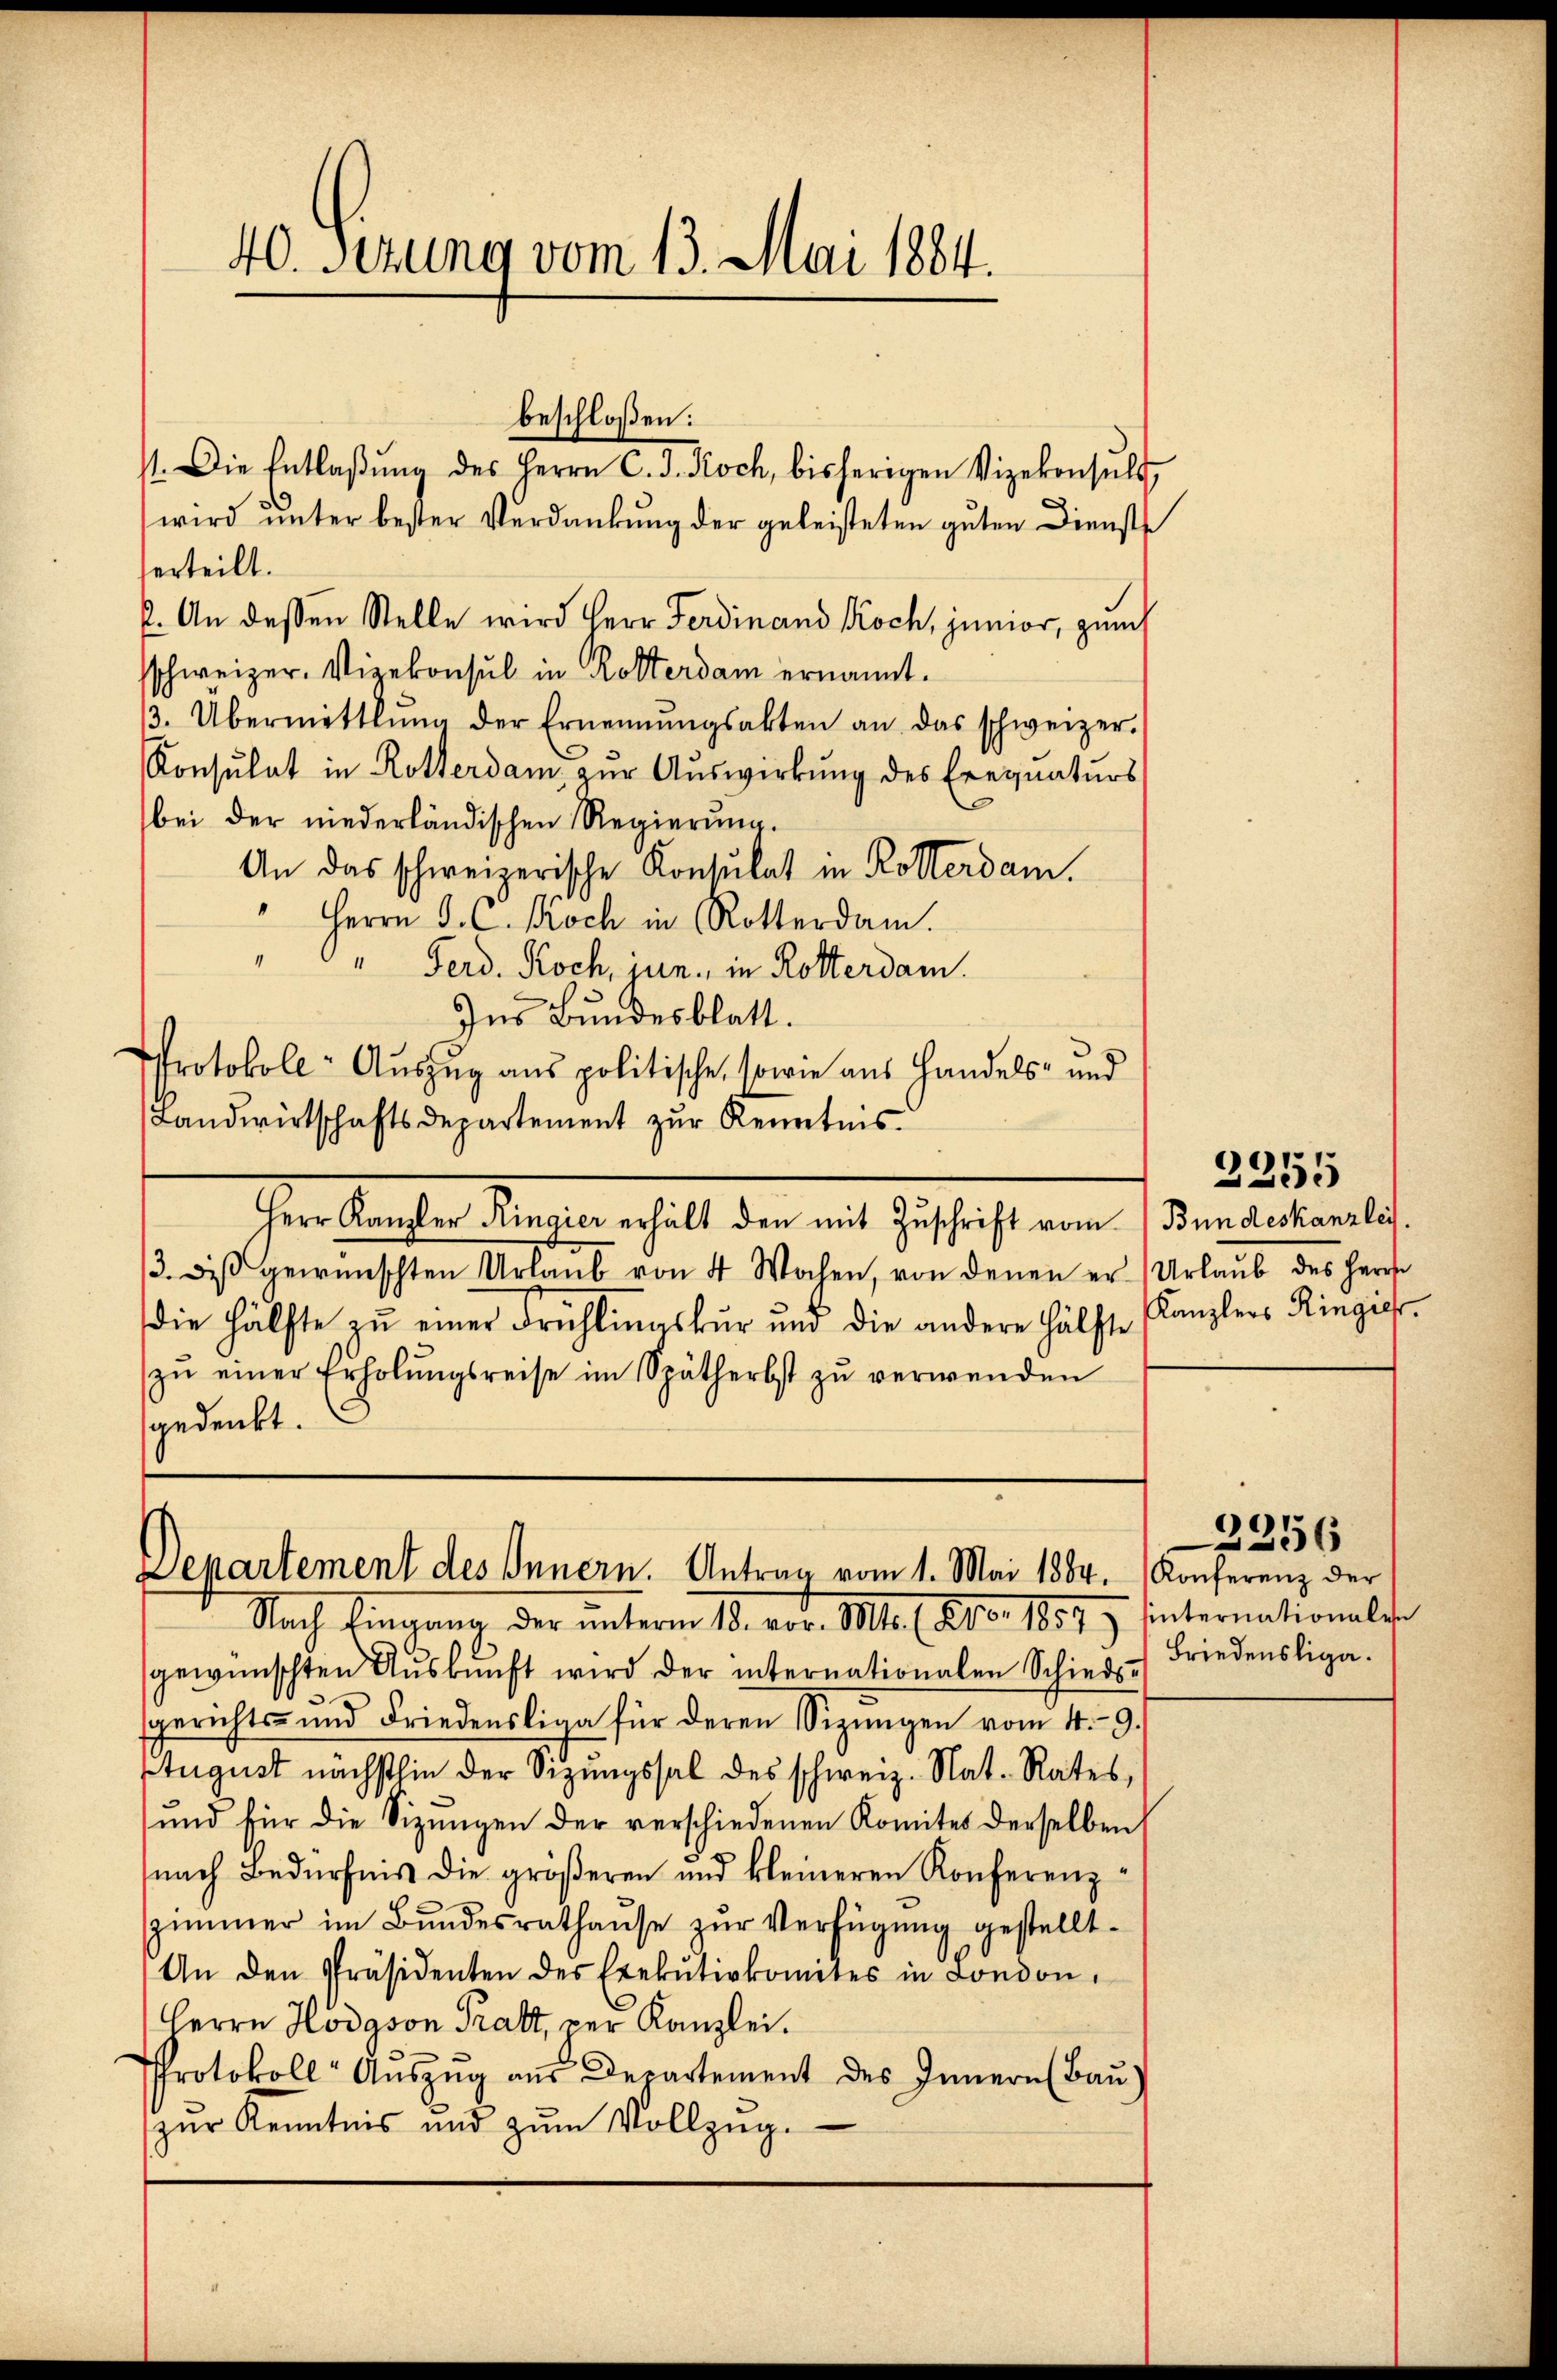
40. Serung vom 13. Mai 1884.

71. Die Entlaβŭng des Herrn C. J. Koch, bisherigen Vizekonsult
wird unter bester Verdankung der geleisteten guten Dienste
erteilt.
2. An dessen Stelle wird Herr Ferdinand Koch, junior, zum
schweizer, Vizekonsul in Rotterdam ernannt.
3. Übermittlung der Ernennungsakten an das schweizer.
Konsulat in Rotterdam zur Auswirkung des Eregnaturs
bei der niederländischen Regierung.
An das schweizerische Konsulat in Rotterdam.
Herrn J. C. Koch in Rotterdam.
" Ferd. Koch, jun., in Rotterdam.
Ins Bundesblatt.
Protokoll-Auszug aus politische, sowie aus Handels- und
(Landwirtschaftsdepartement zur Kenntnis
Herr Kanzler Ringier erhält den mit Zuschrift vom Bundeskanzlei.
/3. diβ gewünschten Urlaŭb von 4 Wochen, von denen er Urlaŭb des Herr
die Hälfte zŭ einer Frühlingskur und die andere Hälfte Kanzlers Ringier
zŭ einer Erholŭngsreise im Spätherbst zŭ verwenden
gedenkt.

beschloßen:

Departement des Innern. Antrag vom 1. Mai 1884. Konferenz der
Nach Eingang der unterm 13. vor. Mts. 1. 210. 1873 hinternationalite

gewünschten Aŭskŭnft wird der internationalen Schieds-
gerichts- und Friedensliga für deren Sizŭngen vom 4. 9.
Etugust nächsthin der Sizungssal des schweiz. Nat. Rates,
und für die Sizŭngen der verschiedenen Komites derselben
nach Bedürfnis die größeren und kleineren Konferenz¬
Zimmer im Bundesrathause zur Verfügung gestellt.
An den Präsidenten des Exekutivkomites in London,
Herrn Hodgson Pratt, der Kanzlei.
Protokoll Aŭszŭg aŭs Departement des Innern (Baŭ)
zur Kenntnis und zum Vollzug.

2355

Friedensliga

2256